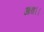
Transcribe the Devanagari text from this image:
आय।।